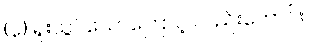
(၃) ရူးသွပ်သောကြောင့် လည်းကောင်း။